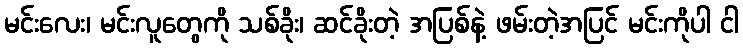
မင်းလေး၊ မင်းလူတွေကို သစ်ခိုး၊ ဆင်ခိုးတဲ့ အပြစ်နဲ့ ဖမ်းတဲ့အပြင် မင်းကိုပါ ငါ